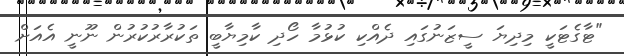
"ޓާގެޓަކީ މިދިޔަ ސީޒަނުގައި ދެއްކި ކުޅުމާ ހޯދި ކާމިޔާބީ ތަކުރާރުކުރުން ނޫނީ އެއަށް